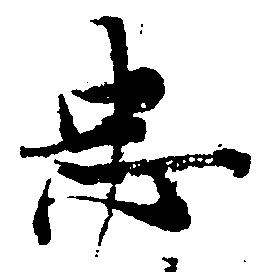
忠